Vaccination United Provinces of Agra and Oudh 1923-1928 - 1923-1928
Year: 1923
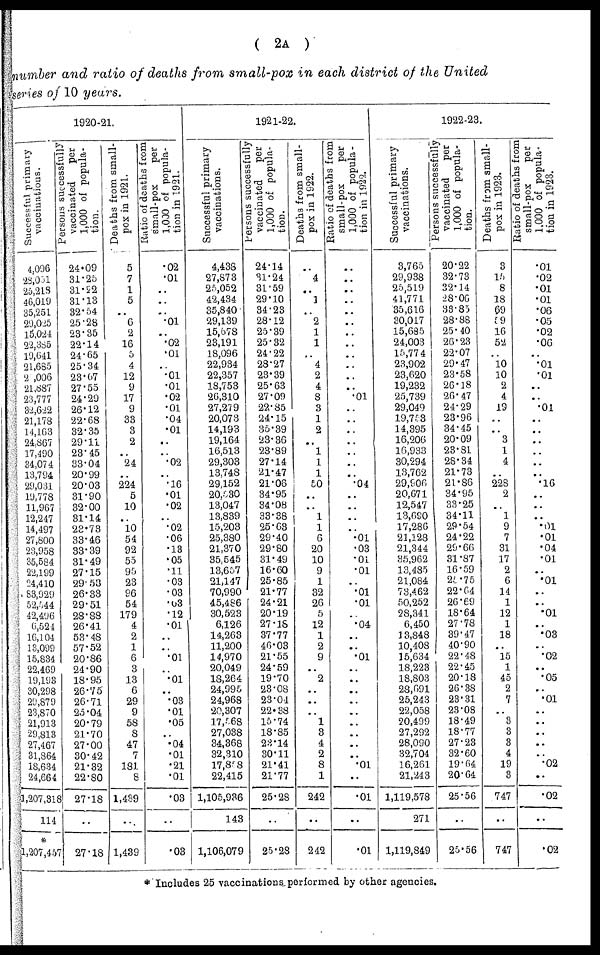
( 2A )
number and ratio of deaths from small-pox in each district of the United
series of 10 years.
1920-21.
Successful primary
vaccinations.
4,096
28,051
25,218
46,019
35,251
29,025
15,024
22,385
19,641
21,685
21,006
21,887
23,777
32,622
21,178
14,163
24,867
17,490
34,074
13,794
29,031
19,778
11,967
12,247
14,497
27,800
23,958
35,584
22,199
24,410
83,929
52,544
42,496
6,524
16,104
13,099
15,834
22,469
19,193
30,298
29,879
23,870
21,913
29,813
27,467
31,864
18,634
24,664
1,207,318
114
*
1,207,457
Persons successfully
vaccinated
per
1,000 of popula-
tion.
24.09
31.25
31.22
31.13
32.54
25.28
23.35
22.14
24.65
25.34
23.67
27.55
24.29
26.12
22.68
32.35
29.11
23.45
33.04
20.99
20.03
31.90
32.00
31.14
23.73
33.46
33.39
31.49
27.15
29.53
26.33
29.51
28.88
26.41
53.48
57.52
20.86
24.90
18.95
26.75
26.71
25.04
20.79
21.70
27.00
30.42
21.32
22.80
27.18
..
27.18
Deaths from small-
pox in 1921.
5
7
1
5
..
6
2
16
5
4
12
9
17
9
33
3
2
..
24
..
224
5
10
..
10
54
92
55
95
23
96
54
179
4
2
1
6
3
13
6
29
9
58
8
47
7
181
8
1,439
..
1,439
Ratio of deaths from
small-pox
per
1,000 of popula-
tion in 1921.
.02
.01
..
..
..
.01
..
.02
.01
..
.01
.01
.02
.01
.04
.01
..
..
.02
..
.16
.01
.02
..
.02
.06
.13
.05
.11
.03
.03
.03
.12
.01
..
..
.01
..
.01
..
.03
.01
.05
..
.04
.01
.21
.01
.03
..
.03
1921-22.
Successful primary
vaccinations.
4,438
27,873
25,052
42,434
35,840
29,139
15,678
23,191
18,096
22,934
22,357
18,753
26,310
27,279
20,073
14,193
19,164
16,513
29,303
13,748
29,152
20,530
13,047
13,839
15,203
25,380
21,370
35,545
13,657
21,147
70,990
45,486
30,523
6,126
14,263
11,200
14,970
20,049
18,264
24,995
24,968
20,307
17,568
27,038
34,368
32,310
17,858
22,415
1,105,936
143
1,106,079
Persons successfully
vaccinated
per
1,000 of popula-
tion.
24.14
31.24
31.59
29.10
34.23
28.12
25.39
25.32
24.22
28.27
23.39
25.63
27.09
22.85
24.15
35.39
23.36
23.89
27.14
21.47
21.06
34.95
34.08
33.38
25.63
29.40
29.80
31.49
16.60
25.85
21.77
24.21
20.19
27.18
37.77
46.03
21.55
24.59
19.70
23.08
23.04
22.38
15.74
18.85
23.14
30.11
21.41
21.77
25.28
..
25.28
Deaths from small-
pox in 1922.
..
4
..
1
..
2
1
1
..
4
2
4
8
3
1
2
..
1
1
1
50
..
..
1
1
6
20
10
9
1
32
26
5
12
1
2
9
..
2
..
..
..
1
3
4
2
8
1
242
..
242
Ratio of deaths from
small-pox
per
1,000 of popula-
tion in 1922.
..
..
..
..
..
..
..
..
..
..
..
..
.01
..
..
..
..
..
..
..
.04
..
..
..
..
.01
.03
.01
.01
..
.01
.01
..
.04
..
..
.01
..
..
..
..
..
..
..
..
..
.01
..
.01
..
.01
1922-23.
Successful primary
vaccinations.
3,765
29,938
25,519
41,771
35,616
30,017
15,685
24,003
15,774
23,902
23,620
19,232
25,739
29,049
19,753
14,395
16,206
16,933
30,294
13,762
29,906
20,671
12,547
13,690
17,286
21,128
21,344
35,962
13,485
21,084
73,462
50,252
28,341
6,450
13,848
10,408
15,634
18,223
18,803
28,691
25,243
22,058
20,499
27,292
28,090
32,704
16,261
21,243
1,119,578
271
1,119,849
Persons successfully
vaccinated
per
1,000 of popula-
tion.
20.22
32.73
32.14
28.06
33.85
28.88
25.40
26.23
22.07
29.47
23.58
26.18
26.47
24.29
23.96
34.45
20.09
23.81
28.34
21.73
21.86
34.95
33.25
34.11
29.54
24.22
29.66
31.87
16.59
25.75
22.64
26.69
18.64
27.78
39.47
40.90
22.48
22.45
20.18
26.38
23.31
23.08
18.49
18.77
27.23
32.60
19.64
20.64
25.56
..
25.56
Deaths from small-
pox in 1923.
3
15
8
18
69
59
16
52
..
10
10
2
4
19
..
..
3
1
4
..
228
2
..
1
9
7
31
17
2
6
14
1
12
1
18
..
15
1
45
2
7
..
3
3
3
4
19
3
747
..
747
Ratio of deaths from
small-pox
per
1,000 of popula-
tion in 1923.
.01
.02
.01
.01
.06
.05
.02
.06
..
.01
.01
..
..
.01
..
..
..
..
..
..
.16
..
..
..
.01
.01
.04
.01
..
.01
..
..
.01
..
.03
..
.02
..
.05
..
.01
..
..
..
..
..
.02
..
.02
..
.02
* Includes 25 vaccinations performed by other agencies.